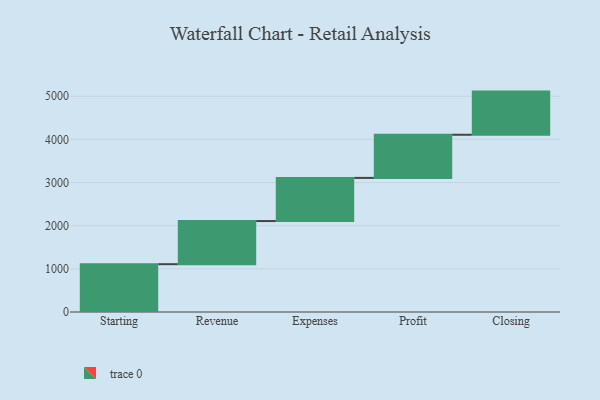
{"axis": {"x": "Step", "y": "Value"}, "legend": [""], "data": [{"x": "Starting", "y": 1108.0, "type": ""}, {"x": "Revenue", "y": 1000, "type": ""}, {"x": "Expenses", "y": 1000, "type": ""}, {"x": "Profit", "y": 1000, "type": ""}, {"x": "Closing", "y": 1000, "type": ""}]}